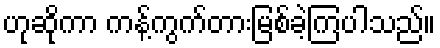
ဟုဆိုကာ ကန့်ကွက်တားမြစ်ခဲ့ကြပါသည်။